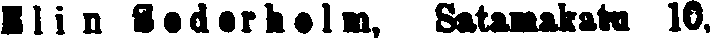
Elin Soderholm, Satamakatu 10.